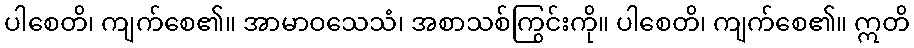
ပါစေတိ၊ ကျက်စေ၏။ အာမာဝသေသံ၊ အစာသစ်ကြွင်းကို။ ပါစေတိ၊ ကျက်စေ၏။ ဣတိ